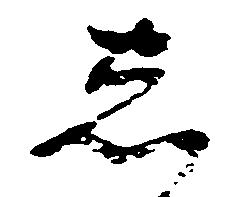
し